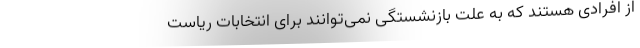
از افرادی هستند که به علت بازنشستگی نمی‌توانند برای انتخابات ریاست